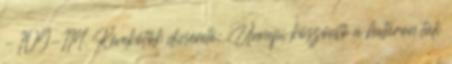
– 109-114. Kévekötők dicsérete: Ünnepi köszöntő a határon túli